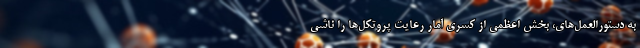
به دستورالعمل‌های، بخش اعظمی از کسری آمار رعایت پروتکل‌ها را ناشی